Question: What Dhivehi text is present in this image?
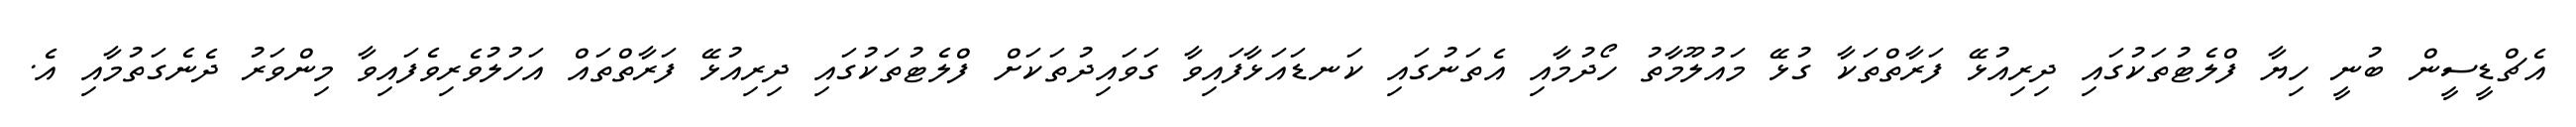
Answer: އެޗްޑީސީން ބުނީ ހިޔާ ފްލެޓުތަކުގައި ދިރިއުޅޭ ފަރާތްތަކާ ގުޅޭ މައުލޫމާތު ހޯދުމާއި އެތަނުގައި ކަނޑައަޅާފައިވާ ގަވައިދުތަކަށް ފްލެޓުތަކުގައި ދިރިއުޅޭ ފަރާތްތައް އަހުލުވެރިވެފައިވާ މިންވަރު ދެނެގަތުމާއި އެ.